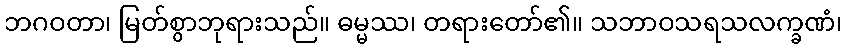
ဘဂဝတာ၊ မြတ်စွာဘုရားသည်။ ဓမ္မဿ၊ တရားတော်၏။ သဘာဝသရသလက္ခဏံ၊